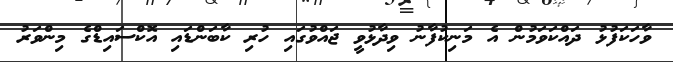
ވާހަކަފުޅު ދައްކަވަމުން އެ މަނިކުފާނު ވިދާޅުވީ ޖައްވުގައި ހުރި ކާބަންޑައި އޮކްސައިޑްގެ މިންވަރު